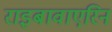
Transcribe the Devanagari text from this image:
राइबावाएरिन